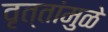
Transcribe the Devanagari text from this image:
वृत्तांमुळे